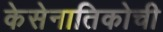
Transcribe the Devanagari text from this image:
केसेनातिकोची